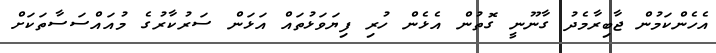
އެހެންކަމުން ޖާބިރާމެދު ގާނޫނީ ގޮތުން އެޅެން ހުރި ފިޔަވަޅުތައް އަޅަން ސަރުކާރުގެ މުއައްސަސާތަަކަށް